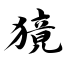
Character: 獍